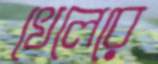
খেলেরে